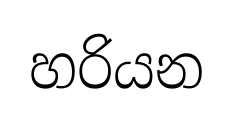
හරියන